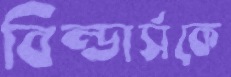
বিল্ডার্সকে